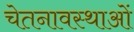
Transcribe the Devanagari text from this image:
चेतनावस्थाओं